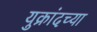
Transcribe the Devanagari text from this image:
युक्रांदच्या